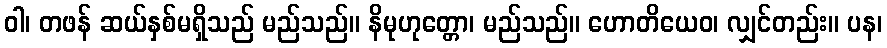
ဝါ၊ တဖန် ဆယ်နှစ်မရှိသည် မည်သည်။ နိမုဟုတ္တော၊ မည်သည်။ ဟောတိယေဝ၊ လျှင်တည်း။ ပန၊